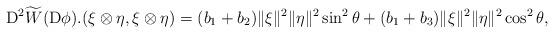
LaTeX: \begin{align*}{\rm D}^2\widetilde{W}({\rm D}\phi).(\xi\otimes\eta,\xi\otimes\eta)=(b_1 +b_2)\|\xi\|^2\|\eta\|^2 \sin^2\theta+(b_1 +b_3)\|\xi\|^2\|\eta\|^2\cos^2\theta,\end{align*}